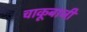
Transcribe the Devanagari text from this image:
चाकूबाजी